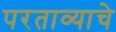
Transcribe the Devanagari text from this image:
परताव्याचे